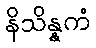
နိသိန္နကံ